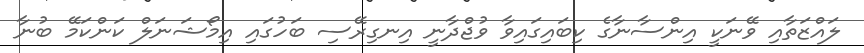
ލައްޒަތާއި ވޭނަކީ އިންސާނާގެ ކިބައިގައިވާ ވުޖްދާނީ އިނގިރޭސި ބަހުގައި އިމޯޝަނަލް ކަންކަމޭ ބުނާ